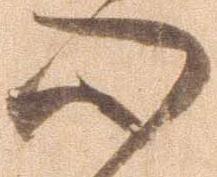
心